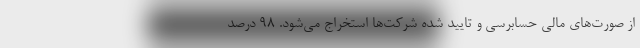
از صورت‌های مالی حسابرسی و تایید شده شرکت‌ها استخراج می‌شود. 98 درصد